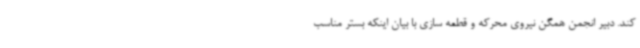
کند. دبیر انجمن همگن نیروی محرکه و قطعه سازی با بیان اینکه بستر مناسب